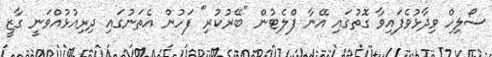
ސޯލިހް ވިދާޅުވެފައިވާ ގޮތުގައި އޭނާ ފްލެޓުން "ބޭރުކުރި" ފަހުން އެތަނުގައި ދިރިއުޅުއްވަނީ ގާޒީ